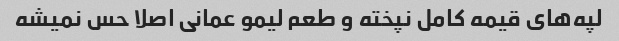
لپه‌های قیمه کامل نپخته و طعم لیمو عمانی اصلا حس نمیشه